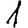
Digit: 1